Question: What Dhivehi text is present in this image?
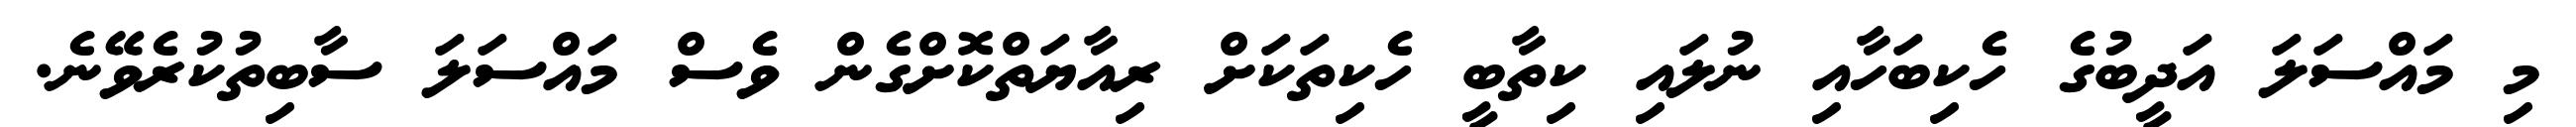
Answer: މި މައްސަލަ އަދީބުގެ ހެކިބަހާއި ނުލައި ކިތާބީ ހެކިތަކަށް ރިއާޔަތްކޮށްގެން ވެސް މައްސަލަ ސާބިތުކުރެވޭނެ.